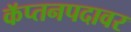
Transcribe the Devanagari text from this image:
कॅप्तनपदावर